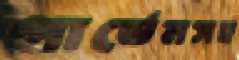
গার্ডেনসহ